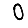
Digit: 0